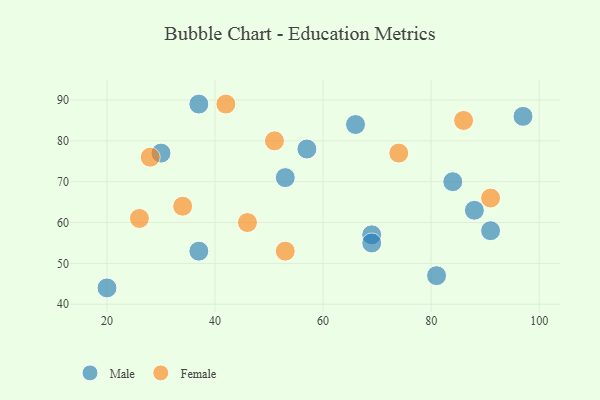
{"axis": {"x": "GDP", "y": "Life Expectancy"}, "legend": ["Female", "Male"], "data": [{"x": "53", "y": 71, "type": "Male"}, {"x": "88", "y": 63, "type": "Male"}, {"x": "84", "y": 70, "type": "Male"}, {"x": "20", "y": 44, "type": "Male"}, {"x": "69", "y": 57, "type": "Male"}, {"x": "91", "y": 58, "type": "Male"}, {"x": "30", "y": 77, "type": "Male"}, {"x": "97", "y": 86, "type": "Male"}, {"x": "66", "y": 84, "type": "Male"}, {"x": "37", "y": 53, "type": "Male"}, {"x": "81", "y": 47, "type": "Male"}, {"x": "37", "y": 89, "type": "Male"}, {"x": "69", "y": 55, "type": "Male"}, {"x": "57", "y": 78, "type": "Male"}, {"x": "91", "y": 66, "type": "Female"}, {"x": "26", "y": 61, "type": "Female"}, {"x": "28", "y": 76, "type": "Female"}, {"x": "51", "y": 80, "type": "Female"}, {"x": "74", "y": 77, "type": "Female"}, {"x": "42", "y": 89, "type": "Female"}, {"x": "53", "y": 53, "type": "Female"}, {"x": "34", "y": 64, "type": "Female"}, {"x": "86", "y": 85, "type": "Female"}, {"x": "46", "y": 60, "type": "Female"}]}